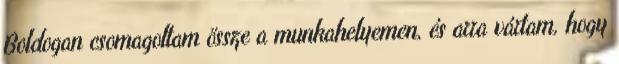
Boldogan csomagoltam össze a munkahelyemen, és arra vártam, hogy